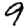
Digit: 9